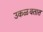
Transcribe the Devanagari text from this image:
उकळवतात